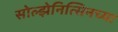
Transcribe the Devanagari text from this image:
सोल्झेनित्सिनच्या